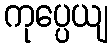
ကုပ္ပေယျ